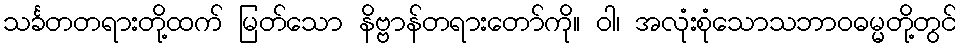
သင်္ခတတရားတို့ထက် မြတ်သော နိဗ္ဗာန်တရားတော်ကို။ ဝါ၊ အလုံးစုံသောသဘာဝဓမ္မတို့တွင်